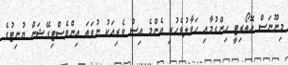
މިނޫނަސް އޮތޯރިޓީ ހިންގުމާއި ހަވާލުވެހުރި އެންމެ އިސް ވެރިއަކު ނުވަތަ އިންވެސްޓިގޭޝަން ޔުނިޓުގެ